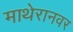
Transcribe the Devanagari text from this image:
माथेरानवर